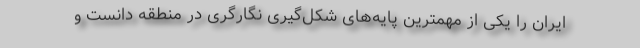
ایران را یکی از مهمترین پایه‌های شکل‌گیری نگارگری در منطقه دانست و